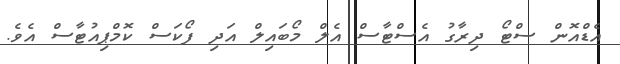
އެޑްއޮން ސްޓޯ ދިރާގު އެސްޓާސް އެލް މޯބައިލް އަދި ފޯކަސް ކޮމްޕިއުޓާސް އެވެ.